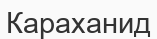
Караханид